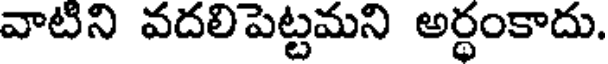
వాటిని వదలిపెట్టమని అర్థంకాదు.